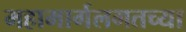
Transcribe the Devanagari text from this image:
महामार्गलगतच्या